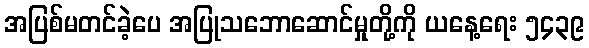
အပြစ်မတင်ခဲ့ပေ အပြုသဘောဆောင်မှုတို့ကို ယနေ့ရေး ၅၄၃၉